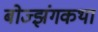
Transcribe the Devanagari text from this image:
बोज्झंगकथा